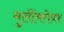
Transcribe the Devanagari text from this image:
मुलींबरोबर